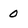
Character: 0